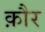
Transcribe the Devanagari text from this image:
क़ौर